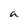
Character: a